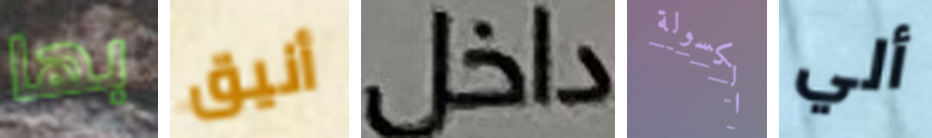
بها أنيق داخل الكسولة ألي